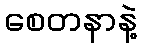
စေတနာနဲ့